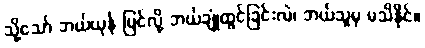
သို့သော် ဘယ်ယုန် မြင်လို့ ဘယ်ချုံထွင်ခြင်းလဲ၊ ဘယ်သူမှ မသိနိုင်။